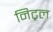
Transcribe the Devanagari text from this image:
निट्रल